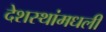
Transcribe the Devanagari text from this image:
देशस्थांमधली